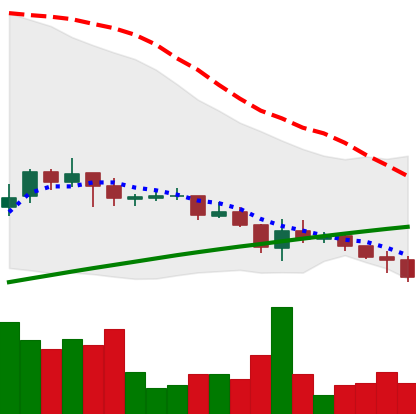
Ticker: DOGE-USD
Chart end date: 2021-07-15
Forward return: -7.619%
Label: down_7plus